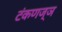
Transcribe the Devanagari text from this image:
टंकणज्ञ